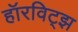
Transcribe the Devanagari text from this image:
हॉरविट्झ